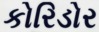
કોરિડોર